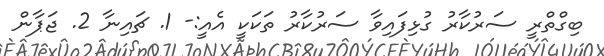
ބިގްތްރީ ސަރުކާރު ގުޅިފައިވާ ސަރުކާރު ތަކަކީ އެއީ:- 1. ޗައިނާ 2. ޖަޕާން